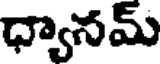
ధ్యానమ్